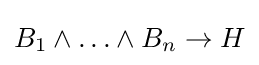
B_{1}\land \ldots \land B_{n}\rightarrow H